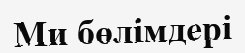
Ми бөлімдері